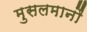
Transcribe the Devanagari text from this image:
मुसलमानौं